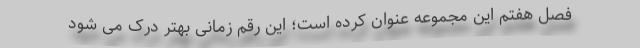
فصل هفتم این مجموعه عنوان کرده است؛ این رقم زمانی بهتر درک می شود